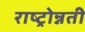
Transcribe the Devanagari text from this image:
राष्ट्रोन्नती